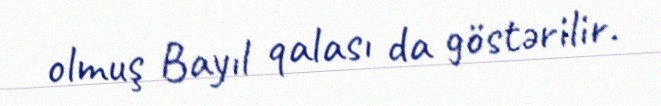
olmuş Bayıl qalası da göstərilir.